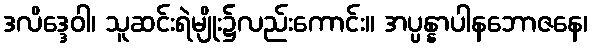
ဒလိဒ္ဒေဝါ၊ သူဆင်းရဲမျိုး၌လည်းကောင်း။ အပ္ပန္နာပါနဘောဇနေ၊